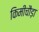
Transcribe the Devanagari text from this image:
किमीचौड़ा